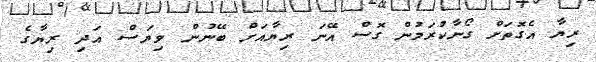
ރިޔާ އެގޮތަށް ގޯނާކުރަމުން ގޮސް އޭނަ ރިޔާއަށް ބޭނުން ވިޔަސް އަދި ރިޔާގެ